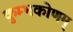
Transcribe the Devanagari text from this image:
कुम्भकोणम्